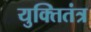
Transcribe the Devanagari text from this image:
युक्तितंत्र